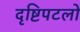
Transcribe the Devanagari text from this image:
दृष्टिपटलों